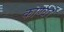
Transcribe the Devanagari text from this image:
काण्‍व।